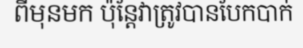
ពីមុនមក ប៉ុន្តែវាត្រូវបានបែកបាក់